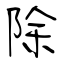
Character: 除